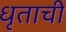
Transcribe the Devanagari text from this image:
धृताची